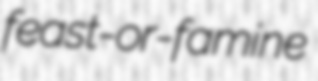
feast-or-famine